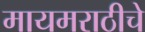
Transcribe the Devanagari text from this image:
मायमराठीचे